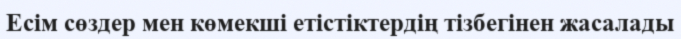
Есім сөздер мен көмекші етістіктердің тізбегінен жасалады